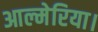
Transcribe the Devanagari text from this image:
आल्मेरिया।